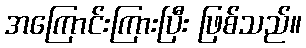
အကြောင်းကြားပြီး ဖြစ်သည်။